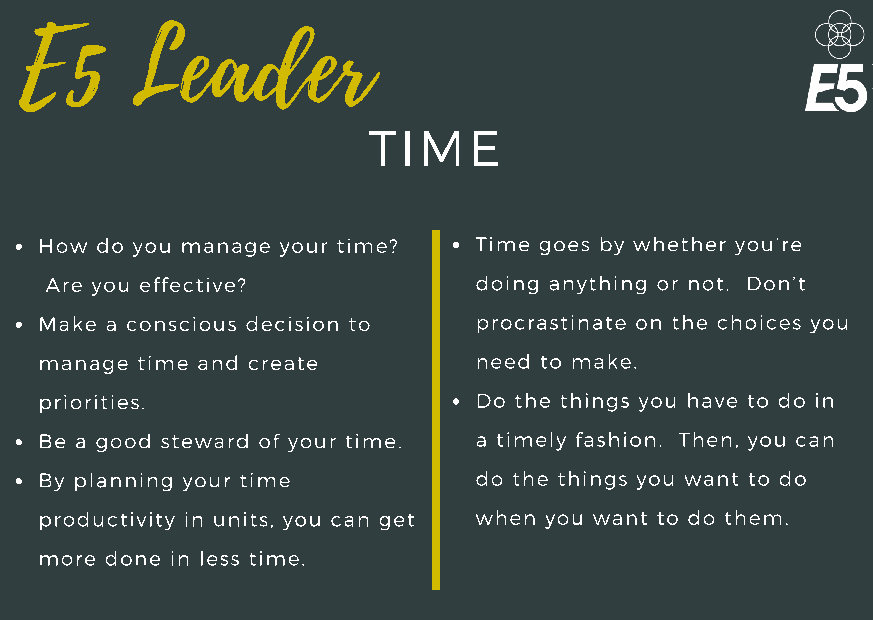
E5      Leader
 TIME
 How do you manage your time? Time goes by whether you’re
 Are you effective?          doing anything or not. Don’t
 Make a conscious decision to procrastinate on the choices you
 manage time and create      need to make.
 priorities.                 Do the things you have to do in
 Be a good steward of your time. a timely fashion. Then, you can
 By planning your time       do the things you want to do
 productivity in units, you can get when you want to do them.
 more done in less time.